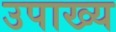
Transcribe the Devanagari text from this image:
उपाख्‍य